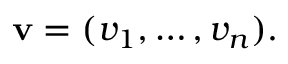
\mathbf { v } = ( v _ { 1 } , \ldots , v _ { n } ) .